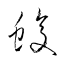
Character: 蝮